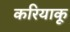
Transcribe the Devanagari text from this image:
करियाकू